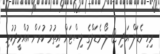
ރިހި މެޑަލް އަދި 12 ލޯ މެޑަލްގެ ލިސްޓަށް އިތުރު ކުރަން އުއްމީދުކުރި